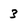
Character: 3